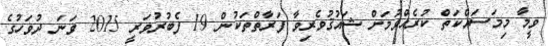
ވީމާ މިމަސައްކަތް ކުރެއްވުމަށް ޝައުޤުވެރިވާ ފަރާތްތަކުން 19 ފެބުރުވަރީ 2015 ވަނަ ދުވަހުގެ